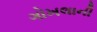
ગોખલાની